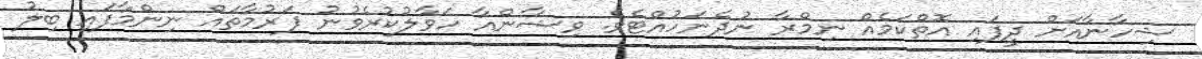
ޝިހާނާއަށް ދީފައި އޮތްކަމެއް ނިމްރާ ނުދެނަހުއްޓެވެ. ވިޝާންއާ ހަވާލުކުރެވުނު ފަރުމާތައް ނިންމާފައި ބިލު